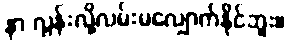
နာ လွန်းလို့လမ်းမလျှောက်နိုင်ဘူး။